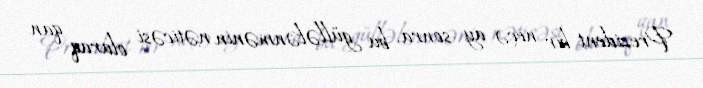
Prezident bir neçə ay sonra, bu güllələnmənin nəticəsi olaraq qan